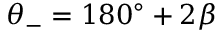
\theta _ { - } = 1 8 0 ^ { \circ } + 2 \beta